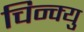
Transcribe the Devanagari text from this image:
चिन्क्यु